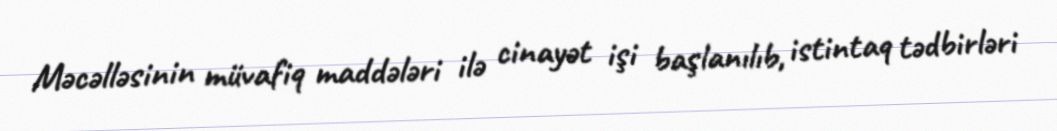
Məcəlləsinin müvafiq maddələri ilə cinayət işi başlanılıb, istintaq tədbirləri